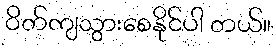
ဝိတ်ကျသွားစေနိုင်ပါ တယ်။